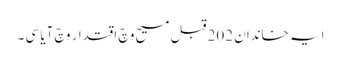
ایہ خاندان 202 قبل مسیح وچ اقتدار وچ آیا سی ۔